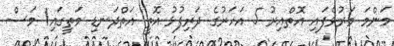
މަންމަ މަރުވެފައި އޮތްއިރު 5 އަހަރުގެ ދަރިފުޅު އޮތީ އަތްދަނޑި މަތީގައި1 މަސް